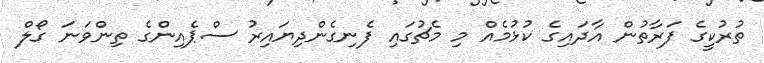
ތުރުކީގެ ފަރާތުން އާދައިގެ ކުޅުމެއް މި މެޗުގައި ފެނިގެންދިޔައިރު ސްޕެއިންގެ ތިންވަނަ ގޯލް